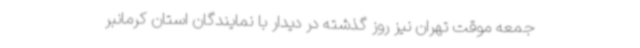
جمعه موقت تهران نیز روز گذشته در دیدار با نمایندگان استان کرمانبر